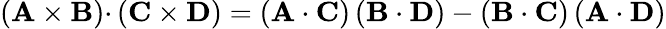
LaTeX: \mathbf{\left(A\times B\right)\cdot}\left(\mathbf{C}\times\mathbf{D}\right)=\left(\mathbf{A}\cdot\mathbf{C}\right)\left(\mathbf{B}\cdot\mathbf{D}\right)-\left(\mathbf{B}\cdot\mathbf{C}\right)\left(\mathbf{A}\cdot\mathbf{D}\right)